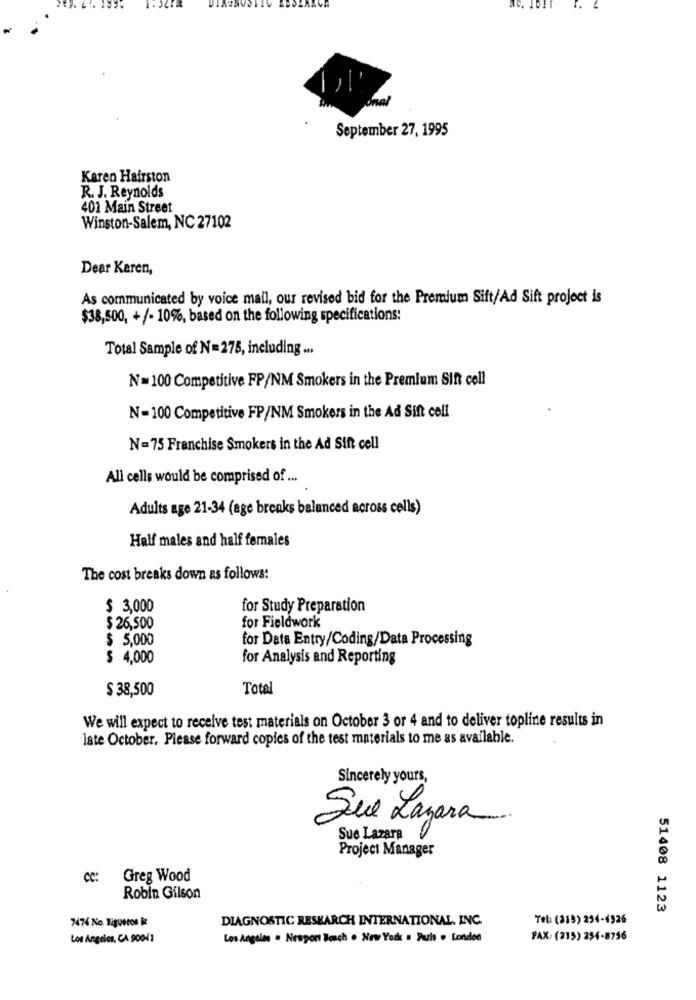
September 27, 1995
Karen Hairston
R. J. Reynolds
401 Main Street
Winston-Salem, NC 27102
Dear Keren,
As communicated by voice mail, our revised bid for the Premium Sift/Ad Sift project is
$38,500, +/- 10%, based on the following specifications:
Total Sample of N=275, including ...
N= 100 Competitive FP/NM Smokers in the Premium Sint cell
N=100 Competitive FP/NM Smokers in the Ad Sift cell
N=75 Franchise Smokers in the Ad Sift cell
All cells would be comprised of ...
Adults age 21-34 (age breaks balanced across cells)
Half males and half females
The cost breaks down as follows:
$ 3,000
for Study Preparation
$ 26,500
for Fieldwork
$ 5,000
for Data Entry/Coding/Data Processing
$ 4,000
for Analysis and Reporting
$ 38,500
Total
We will expect to receive test materials on October 3 or 4 and to deliver topline results in
late October, Please forward copies of the test materials to me as available.
Sincerely yours,
Sue Lazara
Sue Lazara
Project Manager
cc:
Greg Wood
Robin Gilson
51408 1123
7474 No ligueros i
DIAGNOSTIC RESEARCH INTERNATIONAL, INC.
Tel: (319) 254-4526
Los Angeles, CA 90041
Los Angeles . Nespont Bosch . New York . Puis . London
FAX: (215) 254-8756